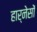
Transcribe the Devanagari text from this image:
हार्नेसों